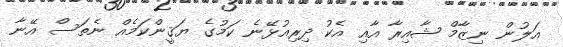
އަލުން ނިޒާމް ޝާއިރާ އާއި އެކު ދިރިއުޅޭނެ ކަމުގެ ޔަޤީންކަމެއް ނެތަސް އޭނާ